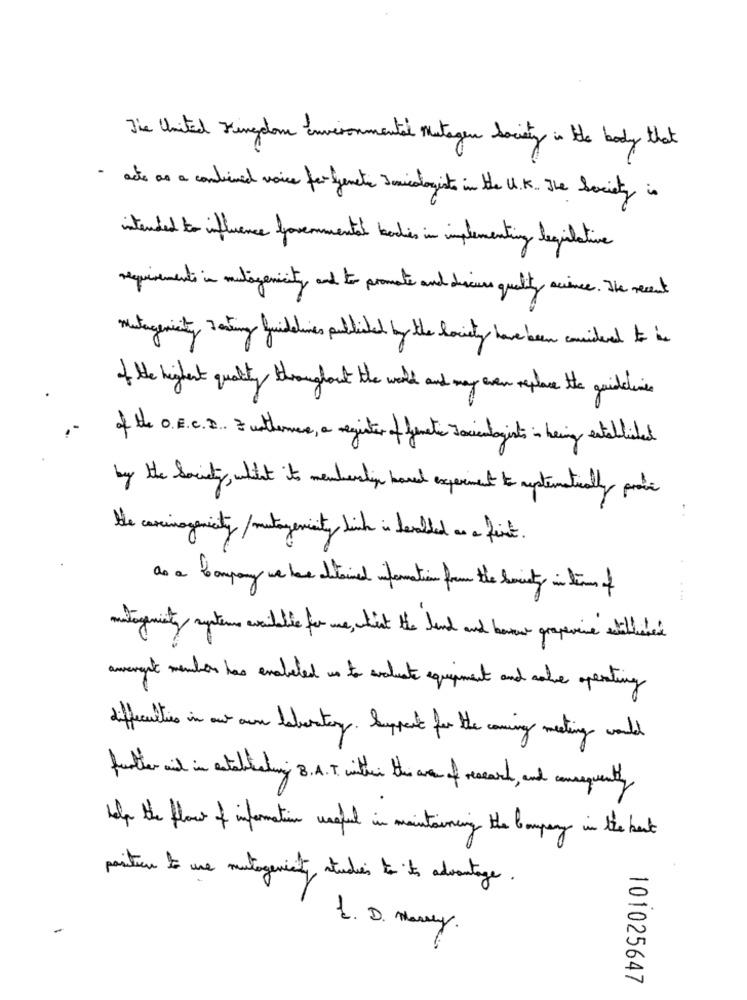
The United Kingdom Environmental mutagen Society in the body that
· acts as a combined voice for genetic J aicologists in the U.K. The Society is
intended to influence lovemmental bodies in implementing legislative
requirements in mutagenicity and to promote and discus quality science. The recent
mutagencity making guidelines published by the locity have been comited to in
of the highest quality throughout the world and may even replace the guidance
of the O. E.C.I. & utherme, a register of femate Jacientagents in being established
by the society , alitet its membersly hard experiment to aptematically proti
He caminogenety/ mutagenity sich in devalled as a first.
do a Company we be attained information from the society in timeof
antigencity systems available for me, tisk the land and have grapevine still
amerght members has enabled us to avduat equipment and sake operating
difecities in our own liberty . Support for the coming meeting would
futer aid in estebleding 8.A.T. within the area of research, and consequently
help the flow of information useful in maintaining the Company in the beat
pariturn to use montagemcity studies to its advantages .
1. D. Many.
101025647